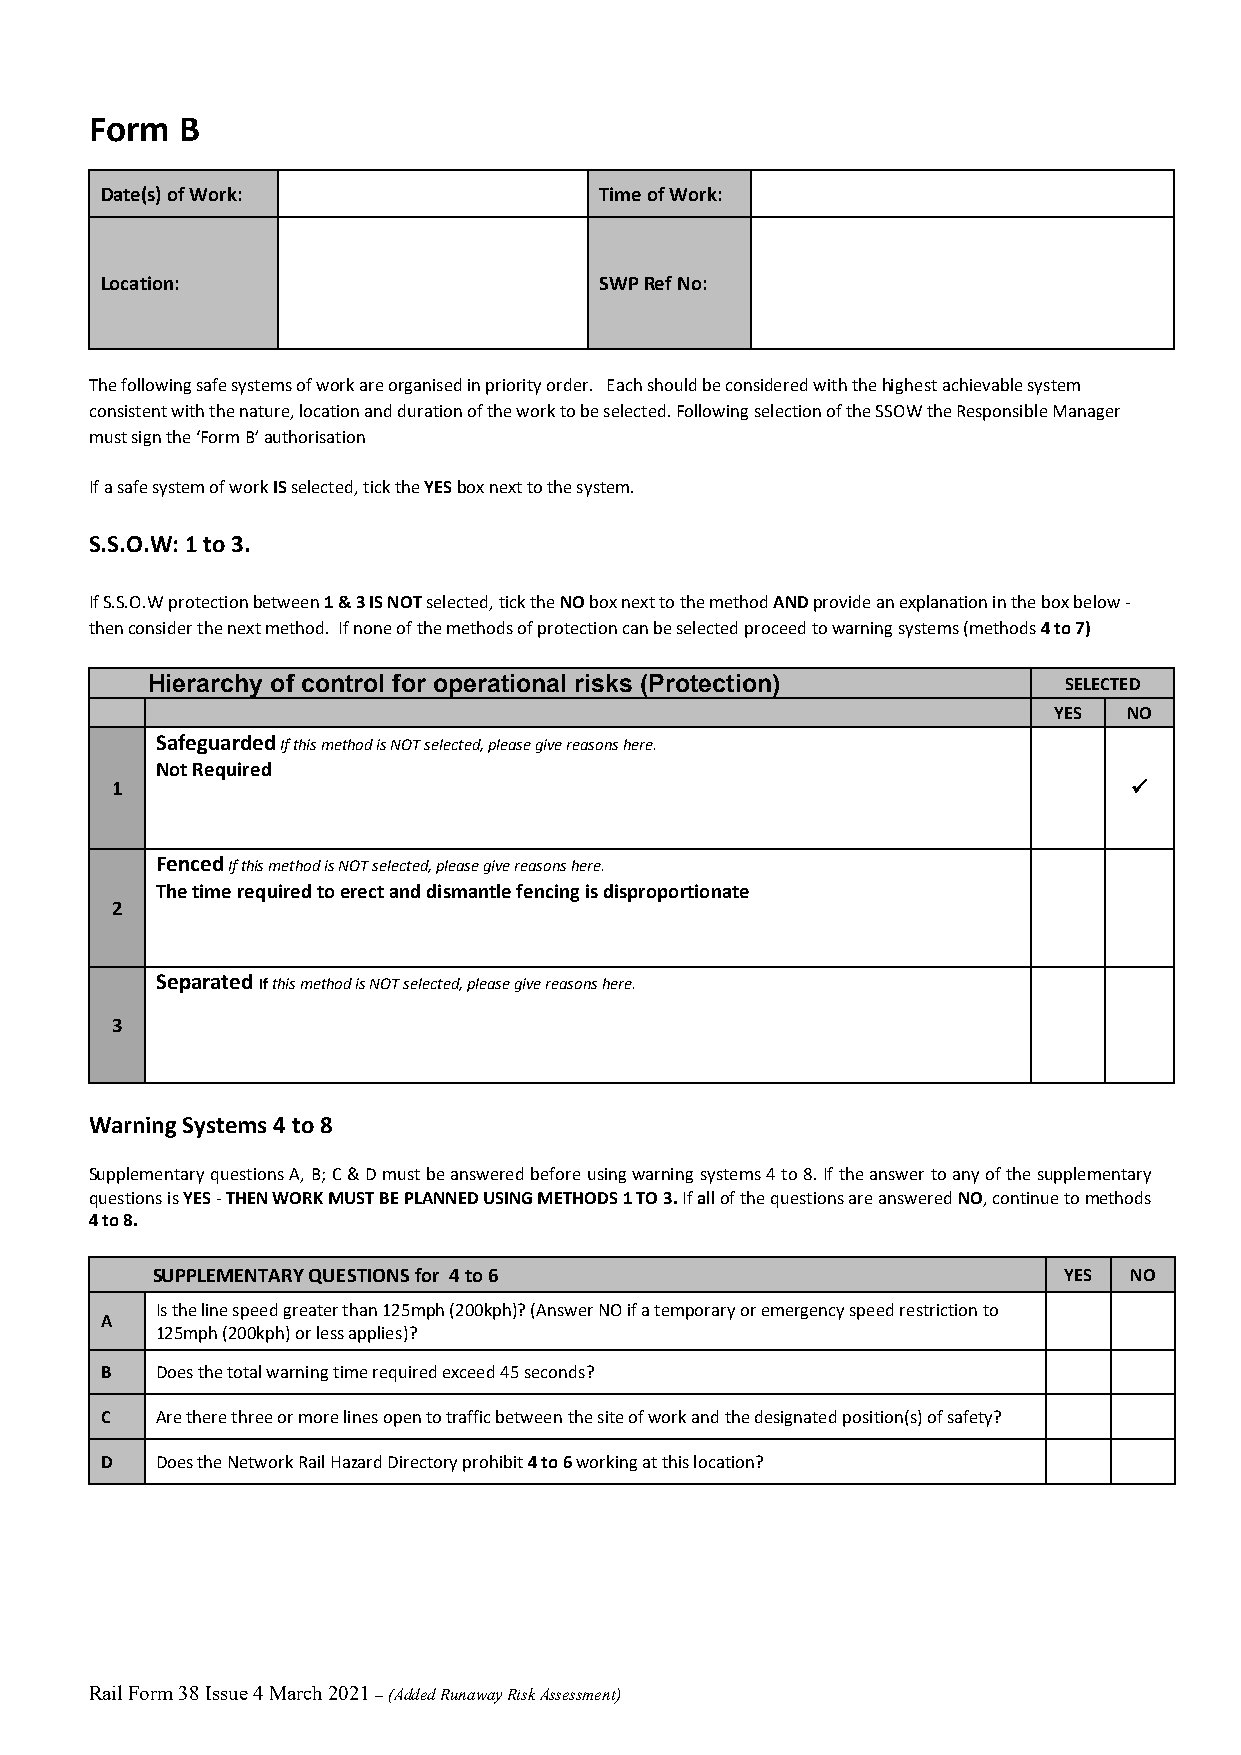
Form  B
 Date(s) of Work:                 Time of Work:
 Location:                        SWP Ref No:
 The following safe systems of work are organised in priority order. Each should be considered with the highest achievable system
 consistent with the nature, location and duration of the work to be selected. Following selection of the SSOW the Responsible Manager
 must sign the ‘Form B’ authorisation
 If a safe system of work IS selected, tick the YES box next to the system.
 S.S.O.W: 1 to 3.
 If S.S.O.W protection between 1 & 3 IS NOT selected, tick the NO box next to the method AND provide an explanation in the box below -
 then consider the next method. If none of the methods of protection can be selected proceed to warning systems (methods 4 to 7)
 Hierarchy of control for operational risks (Protection)     SELECTED
 YES  NO
 Safeguarded If this method is NOT selected, please give reasons here.
 Not Required
 1                                                                   
 Fenced If this method is NOT selected, please give reasons here.
 The time required to erect and dismantle fencing is disproportionate
 2
 Separated If this method is NOT selected, please give reasons here.
 3
 Warning Systems 4 to 8
 Supplementary questions A, B; C & D must be answered before using warning systems 4 to 8. If the answer to any of the supplementary
 questions is YES - THEN WORK MUST BE PLANNED USING METHODS 1 TO 3. If all of the questions are answered NO, continue to methods
 4 to 8.
 SUPPLEMENTARY QUESTIONS for 4 to 6                          YES  NO
 Is the line speed greater than 125mph (200kph)? (Answer NO if a temporary or emergency speed restriction to
 A
 125mph (200kph) or less applies)?
 B  Does the total warning time required exceed 45 seconds?
 C  Are there three or more lines open to traffic between the site of work and the designated position(s) of safety?
 D  Does the Network Rail Hazard Directory prohibit 4 to 6 working at this location?
 Rail Form 38 Issue 4 March 2021 – (Added Runaway Risk Assessment)